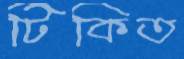
টিকিত